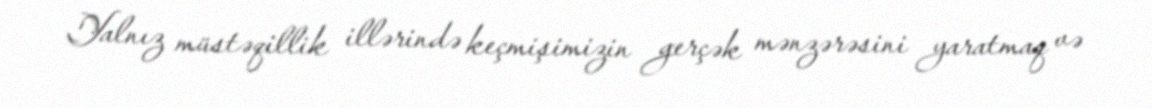
Yalnız müstəqillik illərində keçmişimizin gerçək mənzərəsini yaratmaq və